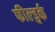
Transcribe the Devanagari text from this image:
फील्ड्वर्क